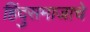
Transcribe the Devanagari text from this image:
हिंदुसमाजाचे